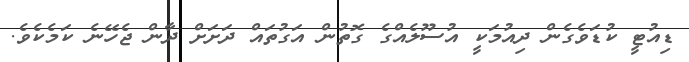
ޑިއުޓީ ކުޑަވެގެން ދިއުމަކީ އުސޫލެއްގެ ގޮތުން އަގުތައް ދަށަށް ދާން ޖެހޭނެ ކަމެކެވެ.